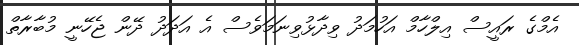
އެމްގެ ރައީސް އިލްހާމް އަހުމަދު ވިދާޅުވިނަމަވެސް އެ އަދަދު ދޭން ޖެހޭނީ މުބާރާތް